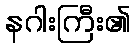
နဂါးကြီး၏